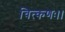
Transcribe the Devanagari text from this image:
चित्कणः।।